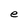
Character: e